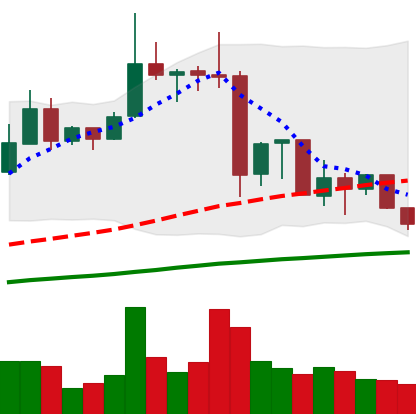
Ticker: XRP-USD
Chart end date: 2019-07-05
Forward return: -4.008%
Label: down_3_5